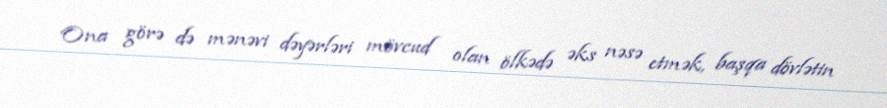
Ona görə də mənəvi dəyərləri mövcud olan ölkədə əks nəsə etmək, başqa dövlətin